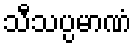
သီသပ္ပမာဏံ